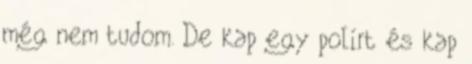
még nem tudom. De kap egy polírt és kap